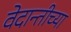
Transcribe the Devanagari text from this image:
वेदान्तीच्या